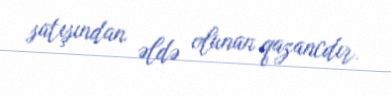
satışından əldə olunan qazancdır.